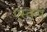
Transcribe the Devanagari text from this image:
एस्कप